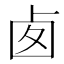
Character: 𠧧